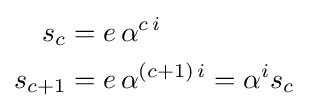
{\begin{aligned}s_{c}&=e\,\alpha ^{c\,i}\\s_{c+1}&=e\,\alpha ^{(c+1)\,i}=\alpha ^{i}s_{c}\end{aligned}}